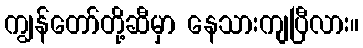
ကျွန်တော်တို့ဆီမှာ နေသားကျပြီလား။